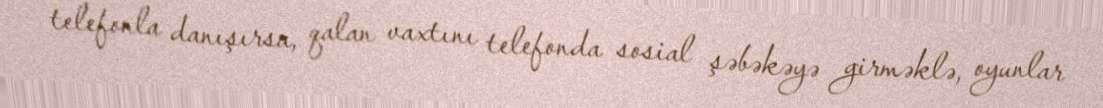
telefonla danışırsa, qalan vaxtını telefonda sosial şəbəkəyə girməklə, oyunlar